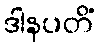
ဒါနပတိံ